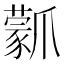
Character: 𤔾